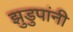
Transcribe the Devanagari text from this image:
झुडुपांनी